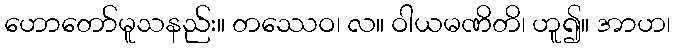
ဟောတော်မူသနည်း။ တဿေဝ၊ လ။ ဝါယမဏိတိ၊ ဟူ၍။ အာဟ၊